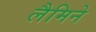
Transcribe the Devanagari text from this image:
लैमिने